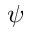
\psi